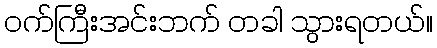
ဝက်ကြီးအင်းဘက် တခါ သွားရတယ်။